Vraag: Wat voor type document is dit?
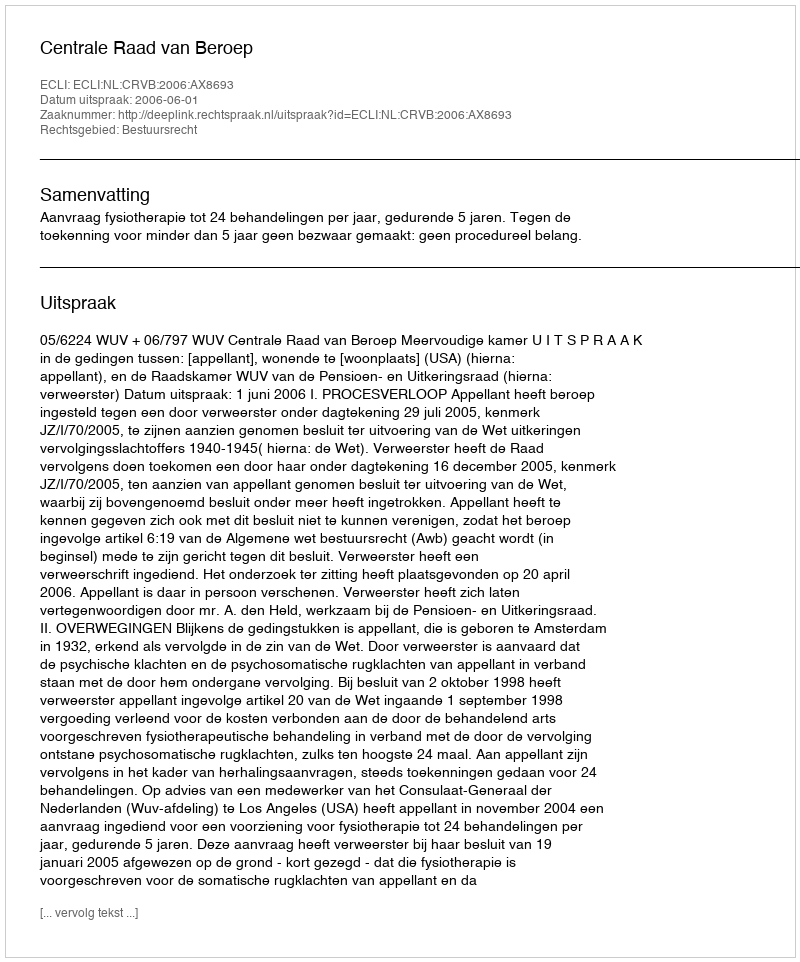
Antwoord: Uitspraak